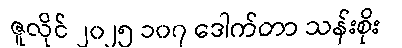
ဇူလိုင် ၂၀၂၅ ၁၀၇ ဒေါက်တာ သန်းစိုး